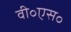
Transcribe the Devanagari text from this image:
वी॰एस॰